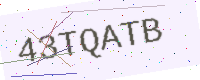
Text: 43TQATB